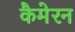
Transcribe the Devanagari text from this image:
कैमेरन